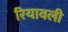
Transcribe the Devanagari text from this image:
रियावली